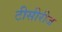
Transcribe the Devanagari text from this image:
टीसीरीज